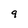
Character: 9